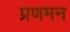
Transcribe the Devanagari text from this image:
प्रणमन